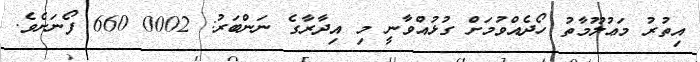
އިތުރު މަޢުލޫމާތު ހޯދެއްވުމަށް ގުޅުއްވާނީ މި އިދާރާގެ ނަންބަރު: 0002 660 ފޯނަށެވެ.